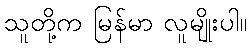
သူတို့က မြန်မာ လူမျိုးပါ။